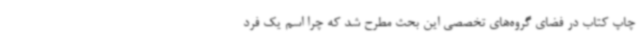
چاپ کتاب در فضای گروه‌های تخصصی این بحث مطرح شد که چرا اسم یک فرد